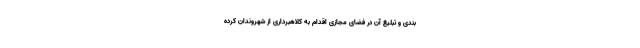
بندی و تبلیغ آن در فضای مجازی اقدام به کلاهبرداری از شهروندان کرده